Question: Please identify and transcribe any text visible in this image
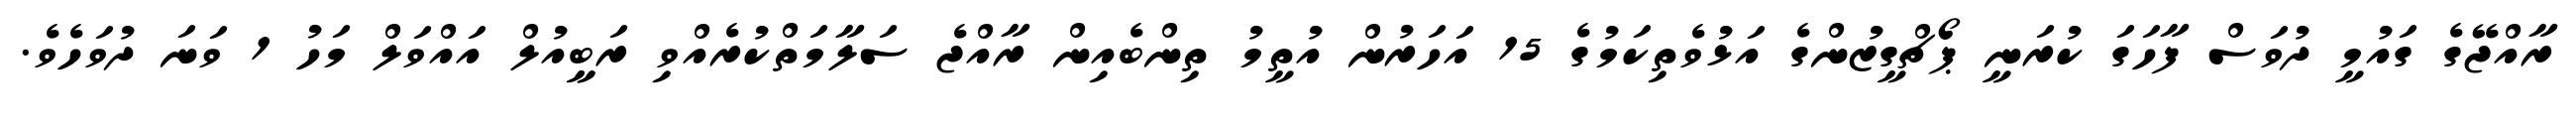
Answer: ރާއްޖޭގެ ގައުމީ ދުވަސް ފާހަގަ ކުރަނީ ޕޯޗްގީޒުންގެ އަޅުވެތިކަމުގެ 15 އަހަރުން އުތީމު ތިންބެއިން ރާއްޖެ ސަލާމަތްކުރެއްވި ރަބީީއުލް އައްވަލް މަހު 1 ވަނަ ދުވަހެވެ.